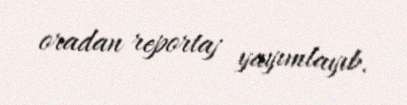
oradan reportaj yayımlayıb.